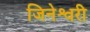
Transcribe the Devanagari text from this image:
जिनेश्वरी